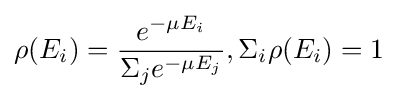
\rho (E_{i})={\frac {e^{-\mu E_{i}}}{\Sigma _{j}e^{-\mu E_{j}}}},\Sigma _{i}\rho (E_{i})=1